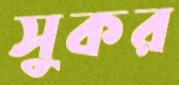
সুকর